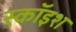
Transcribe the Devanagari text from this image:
स्कॉइश